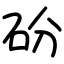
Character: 砏